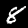
Label: 8